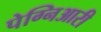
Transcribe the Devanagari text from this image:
पेग्निआरी